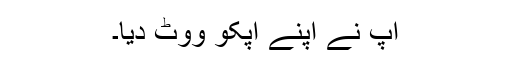
آپ نے اپنے آپکو ووٹ دیا۔